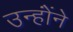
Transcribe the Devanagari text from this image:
उन्होंंने